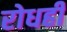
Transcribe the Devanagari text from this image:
रोधही